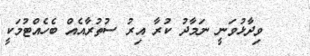
ވިދާޅުވަނީ ނަމާދު ކުރާ އިރު ސުތުރާއެއް ބެހެއްޓުމަކީ